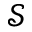
\mathcal { S }